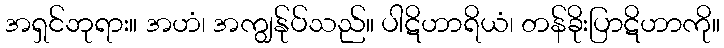
အရှင်ဘုရား။ အဟံ၊ အကျွန်ုပ်သည်။ ပါဋိဟာရိယံ၊ တန်ခိုးပြာဋိဟာကို။